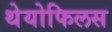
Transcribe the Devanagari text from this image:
थेयोफिलस